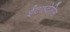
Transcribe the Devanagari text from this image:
ईटाप्टेरिस